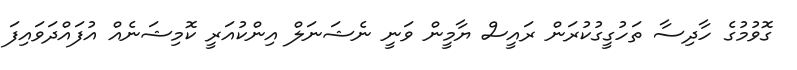
ގޮވުމުގެ ހާދިސާ ތަހުގީގުކުރަން ރައީސް ޔާމީން ވަނީ ނެޝަނަލް އިންކުއަރީ ކޮމިޝަނެއް އުފައްދަވައިފަ